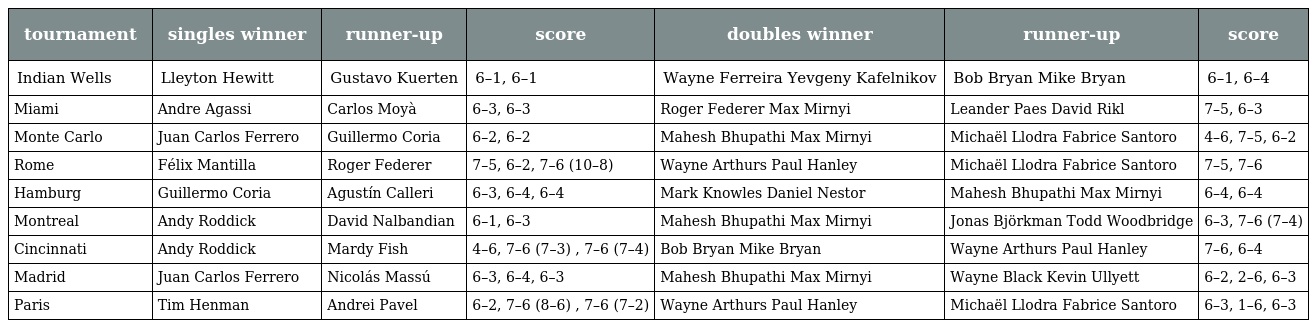
| tournament | singles winner | runner-up | score | doubles winner | runner-up | score |
 | --- | --- | --- | --- | --- | --- | --- |
 | Indian Wells | Lleyton Hewitt | Gustavo Kuerten | 6–1, 6–1 | Wayne Ferreira Yevgeny Kafelnikov | Bob Bryan Mike Bryan | 6–1, 6–4 |
 | Miami | Andre Agassi | Carlos Moyà | 6–3, 6–3 | Roger Federer Max Mirnyi | Leander Paes David Rikl | 7–5, 6–3 |
 | Monte Carlo | Juan Carlos Ferrero | Guillermo Coria | 6–2, 6–2 | Mahesh Bhupathi Max Mirnyi | Michaël Llodra Fabrice Santoro | 4–6, 7–5, 6–2 |
 | Rome | Félix Mantilla | Roger Federer | 7–5, 6–2, 7–6 (10–8) | Wayne Arthurs Paul Hanley | Michaël Llodra Fabrice Santoro | 7–5, 7–6 |
 | Hamburg | Guillermo Coria | Agustín Calleri | 6–3, 6–4, 6–4 | Mark Knowles Daniel Nestor | Mahesh Bhupathi Max Mirnyi | 6–4, 6–4 |
 | Montreal | Andy Roddick | David Nalbandian | 6–1, 6–3 | Mahesh Bhupathi Max Mirnyi | Jonas Björkman Todd Woodbridge | 6–3, 7–6 (7–4) |
 | Cincinnati | Andy Roddick | Mardy Fish | 4–6, 7–6 (7–3) , 7–6 (7–4) | Bob Bryan Mike Bryan | Wayne Arthurs Paul Hanley | 7–6, 6–4 |
 | Madrid | Juan Carlos Ferrero | Nicolás Massú | 6–3, 6–4, 6–3 | Mahesh Bhupathi Max Mirnyi | Wayne Black Kevin Ullyett | 6–2, 2–6, 6–3 |
 | Paris | Tim Henman | Andrei Pavel | 6–2, 7–6 (8–6) , 7–6 (7–2) | Wayne Arthurs Paul Hanley | Michaël Llodra Fabrice Santoro | 6–3, 1–6, 6–3 |